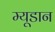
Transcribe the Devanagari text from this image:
म्यूडान